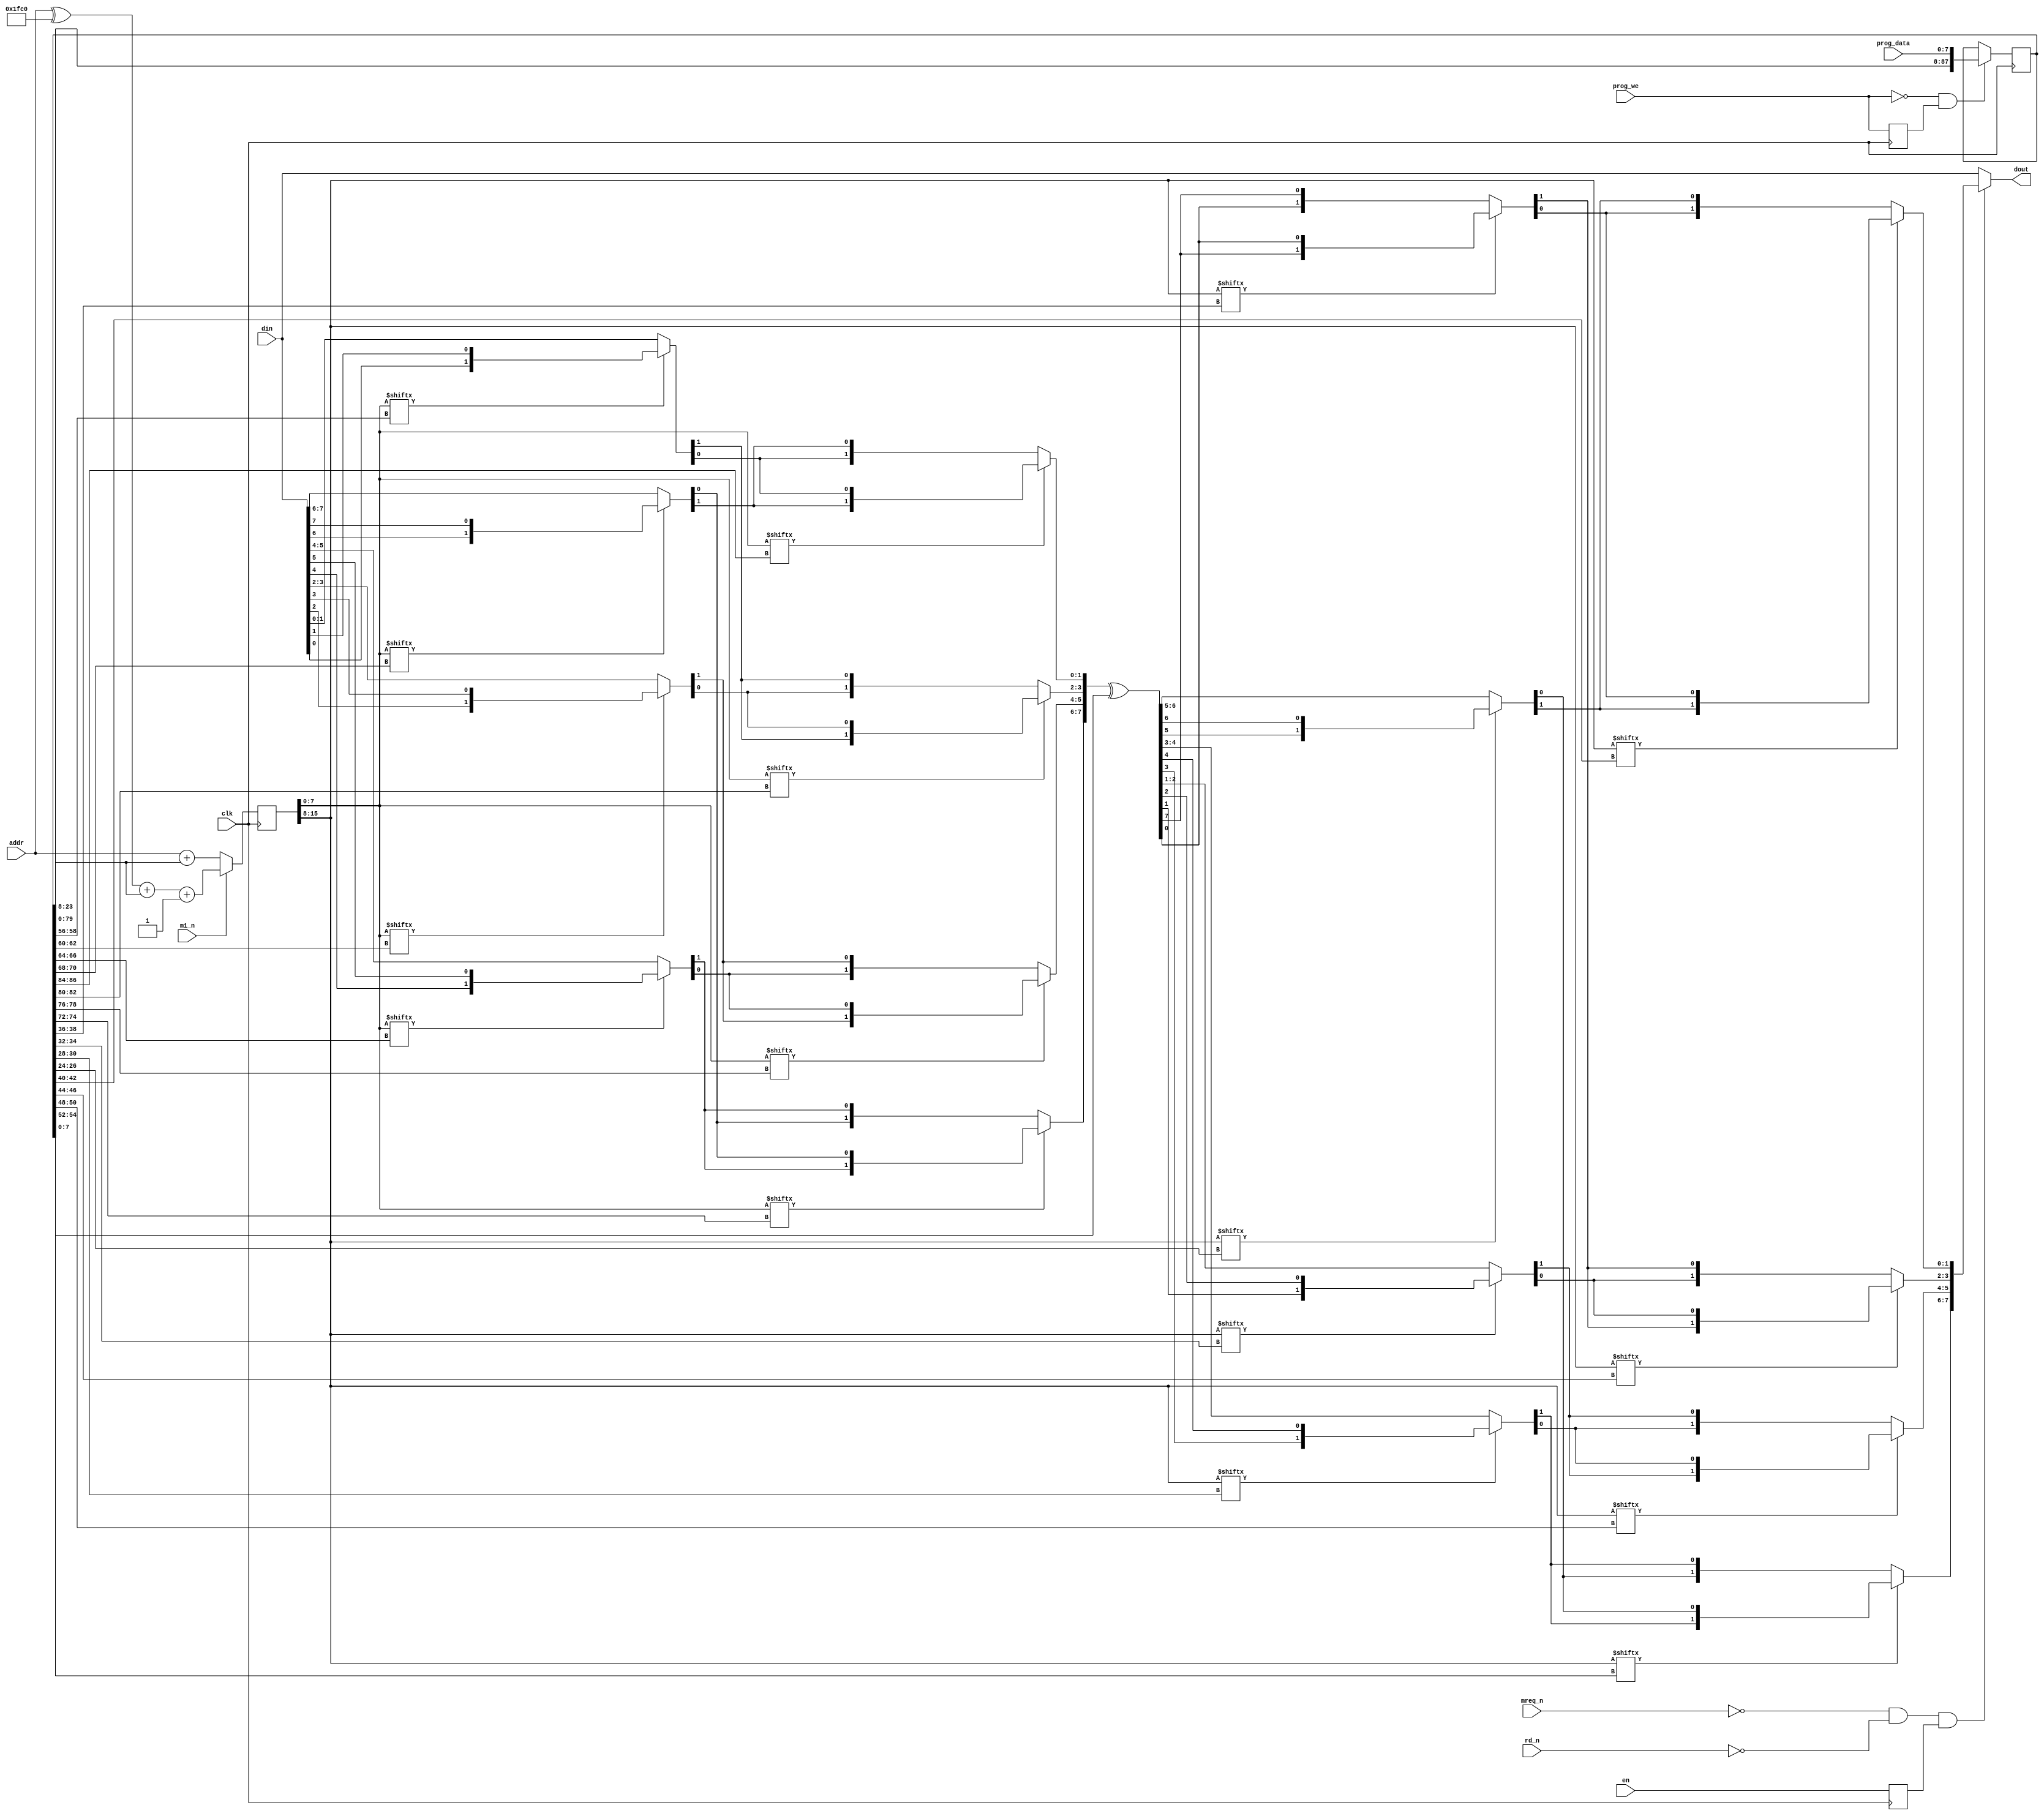
/*  This file is part of JTFRAME.
      JTFRAME program is free software: you can redistribute it and/or modify
      it under the terms of the GNU General Public License as published by
      the Free Software Foundation, either version 3 of the License, or
      (at your option) any later version.

      JTFRAME program is distributed in the hope that it will be useful,
      but WITHOUT ANY WARRANTY; without even the implied warranty of
      MERCHANTABILITY or FITNESS FOR A PARTICULAR PURPOSE.  See the
      GNU General Public License for more details.

      You should have received a copy of the GNU General Public License
      along with JTFRAME.  If not, see <http://www.gnu.org/licenses/>.

      Author: Jose Tejada Gomez. Twitter: @topapate
      Version: 1.0
      Date: 19-9-2020

*/
/* verilator tracing_off */
module jtframe_kabuki(
    input             clk,  // This clock must match the SDRAM's
    input             m1_n,
    input             rd_n,
    input             mreq_n,
    input      [15:0] addr,
    input      [ 7:0] din,
    input             en,
    // Decode keys
    input      [ 7:0] prog_data,
    input             prog_we,
    output reg [ 7:0] dout
);

reg  [15:0] addr_hit;
reg  [87:0] kabuki_keys;
reg         en_cpy, last_we;

wire [31:0] swap_key1, swap_key2;
wire [15:0] addr_key;
wire [ 7:0] xor_key;

assign { swap_key1, swap_key2, addr_key, xor_key } = kabuki_keys;

always @(posedge clk) begin
    last_we <= prog_we;
    if( !prog_we && last_we ) begin
        kabuki_keys <= { kabuki_keys[79:0], prog_data };
    end
    en_cpy <= en;
end

function [7:0] bitswap1(
        input [ 7:0] din,
        input [15:0] key,
        input [ 7:0] hit );
    bitswap1 = {
        hit[ key[14:12] ] ? { din[6], din[7] } : din[7:6],
        hit[ key[10: 8] ] ? { din[4], din[5] } : din[5:4],
        hit[ key[ 6: 4] ] ? { din[2], din[3] } : din[3:2],
        hit[ key[ 2: 0] ] ? { din[0], din[1] } : din[1:0]
    };
endfunction

function [7:0] bitswap2(
        input [ 7:0] din,
        input [15:0] key,
        input [ 7:0] hit );
    bitswap2 = {
        hit[ key[ 2: 0] ] ? { din[6], din[7] } : din[7:6],
        hit[ key[ 6: 4] ] ? { din[4], din[5] } : din[5:4],
        hit[ key[10: 8] ] ? { din[2], din[3] } : din[3:2],
        hit[ key[14:12] ] ? { din[0], din[1] } : din[1:0]
    };
endfunction

always @(posedge clk) begin
    addr_hit <= m1_n ?
        ( (addr ^ 16'h1fc0) + addr_key + 16'd1 ) : // data
        (addr + addr_key); // OP
end

always @(*) begin
    dout = din;
    if( !mreq_n && !rd_n && en_cpy ) begin
        dout  = bitswap1( dout, swap_key1[15:0], addr_hit[7:0] );
        dout  = { dout[6:0], dout[7] };

        dout  = bitswap2( dout, swap_key1[31:16], addr_hit[7:0] );
        dout  = dout ^ xor_key;
        dout  = { dout[6:0], dout[7] };

        dout  = bitswap2( dout, swap_key2[15:0], addr_hit[15:8] );
        dout  = { dout[6:0], dout[7] };

        dout  = bitswap1( dout, swap_key2[31:16], addr_hit[15:8] );
    end
end

// Load the kabuki keys only if it is a simulation with no rom loading
// of CPS 1.5
`ifdef CPS15
`ifdef SIMULATION
`ifndef LOADROM
reg [87:0] kabuki_aux[0:0];
initial begin
    $readmemh("kabuki.hex", kabuki_aux);
    kabuki_keys = kabuki_aux[0];
end
`endif
`endif
`endif

endmodule
/* verilator tracing_on */